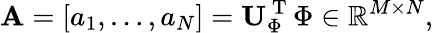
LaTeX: {\mathbf A}=[a_{1},\ldots,a_{N}]={\mathbf U}_{\Phi}^{\mathrm{~T~}}{\Phi}\in\mathbb{R}^{M\times N},